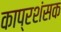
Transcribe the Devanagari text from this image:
काप्रशंसक